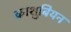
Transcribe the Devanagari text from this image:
काशुबियन